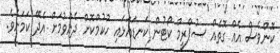
ކޮންވެސް އެއް ގޮތެއް ސުޕްރީމް ކޯޓުން ކަނޑައަޅައި ހުކުމްކޮށް ދެއްވުމަށް އެދޭ ކަމަށެވެ.